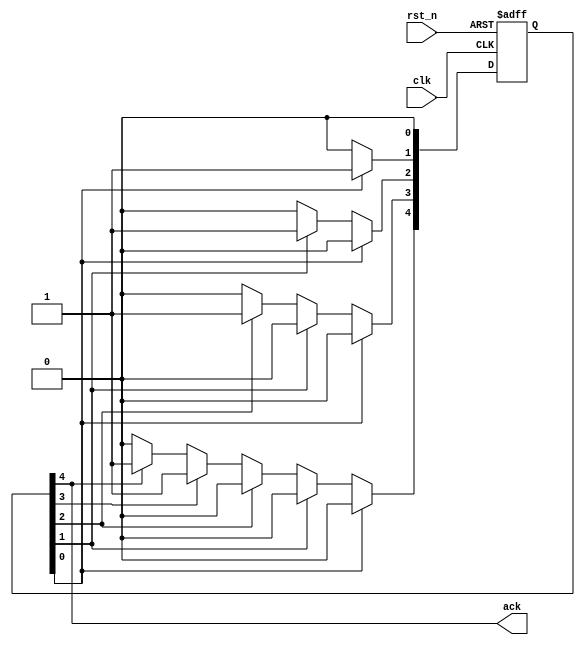
module autoasciienum_onehot (
                             input  clk,
                             input  rst_n,
                             output ack
                             );
   
   localparam // synopsys enum state_info
     IDLE  = 0,
     S1    = 1,
     S2    = 2,
     S3    = 3,
     DONE  = 4;
   
   reg [4:0] // synopsys enum state_info
             cur_state, nxt_state;
   
   always @ (*) begin
      nxt_state  = 5'h0;
      
      case (1'b1)
        cur_state[IDLE] : nxt_state[S1]    = 1'b1;
        cur_state[S1]   : nxt_state[S2]    = 1'b1;
        cur_state[S2]   : nxt_state[S3]    = 1'b1;
        cur_state[S3]   : nxt_state[DONE]  = 1'b1;
        cur_state[DONE] : nxt_state[DONE]  = 1'b1;
      endcase
   end
   
   always @ (posedge clk or negedge rst_n)
     if (rst_n == 1'b0) begin
        cur_state <= 'h1;
     end
     else begin
        cur_state <= nxt_state;
     end
   
   assign ack  = cur_state[DONE];
   
   /*AUTOASCIIENUM("cur_state", "cur_state_ascii")*/
   // Beginning of automatic ASCII enum decoding
   reg [31:0] cur_state_ascii;  // Decode of cur_state
   always @(cur_state) begin
      case ({cur_state})
        (5'b1<<IDLE):     cur_state_ascii  = "idle";
        (5'b1<<S1):       cur_state_ascii  = "s1  ";
        (5'b1<<S2):       cur_state_ascii  = "s2  ";
        (5'b1<<S3):       cur_state_ascii  = "s3  ";
        (5'b1<<DONE):     cur_state_ascii  = "done";
        default:          cur_state_ascii  = "%Err";
      endcase
   end
   // End of automatics
   
endmodule